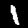
Label: 1